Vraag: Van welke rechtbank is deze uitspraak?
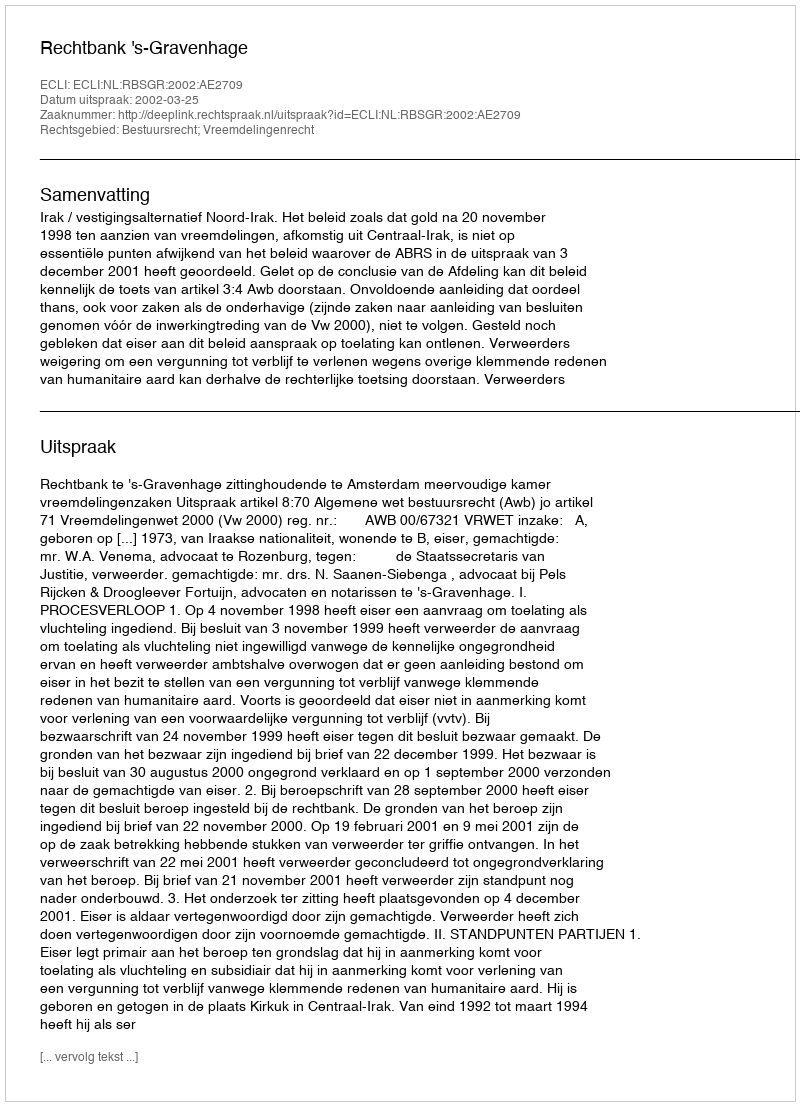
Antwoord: Rechtbank 's-Gravenhage